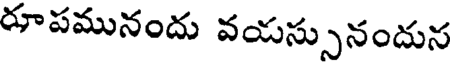
రూపమునందు వయస్సునందున